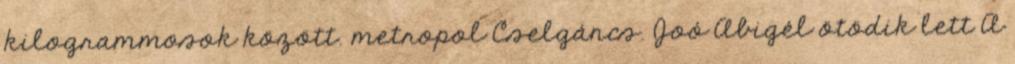
kilogrammosok között. metropol Cselgáncs. Joó Abigél ötödik lett A